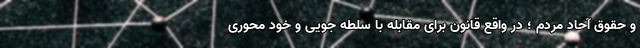
و حقوق آحاد مردم ؛ در واقع قانون برای مقابله با سلطه جویی و خود محوری